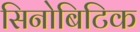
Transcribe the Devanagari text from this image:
सिनोबिटिक